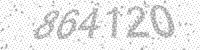
Solution: 864120